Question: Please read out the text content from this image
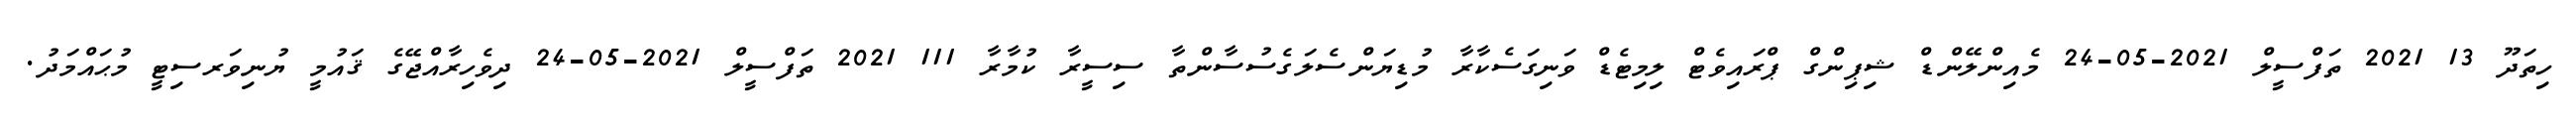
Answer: ހިތަދޫ 13 2021 ތަފްސީލް 2021-05-24 މެއިންލޭންޑް ޝިޕިންގް ޕްރައިވެޓް ލިމިޓެޑް ވަނިގަސެކާރާ މުޑިޔަންސެލަގެސުސާންތާ ސިސީރާ ކުމާރާ 111 2021 ތަފްސީލް 2021-05-24 ދިވެހިރާއްޖޭގެ ޤައުމީ ޔުނިވަރސިޓީ މުޙައްމަދު.